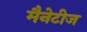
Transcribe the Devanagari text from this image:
मैनेटीज